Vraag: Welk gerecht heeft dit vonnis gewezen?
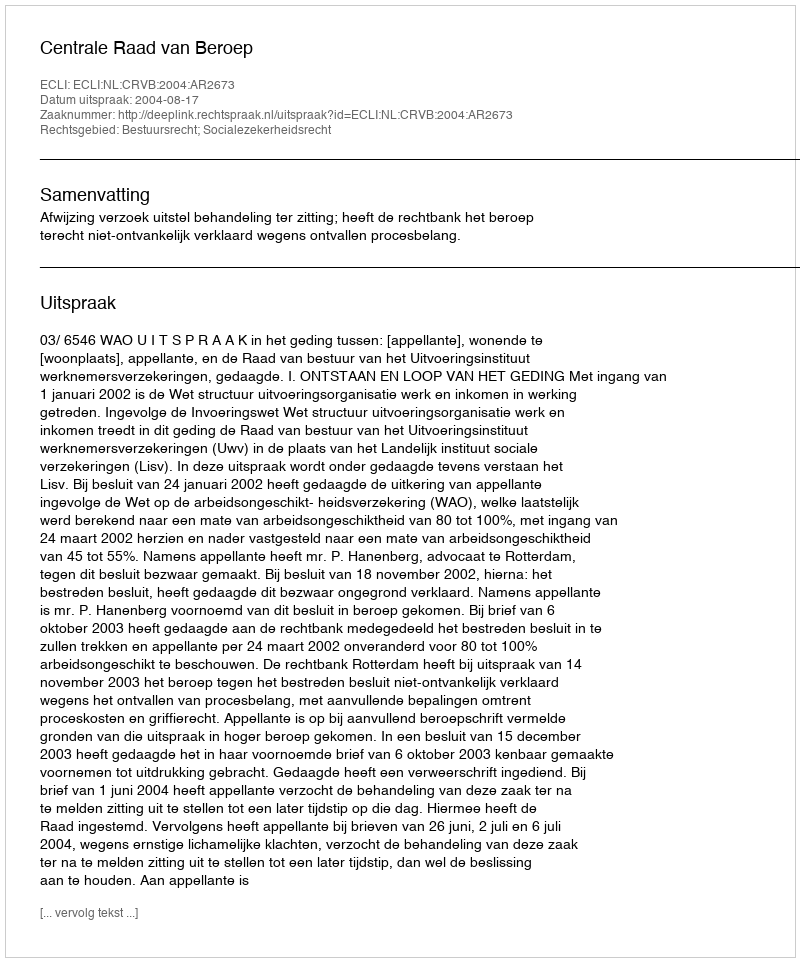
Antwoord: Centrale Raad van Beroep